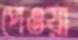
পেওয়া